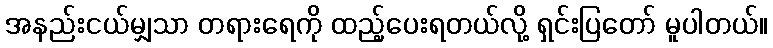
အနည်းငယ်မျှသာ တရားရေကို ထည့်ပေးရတယ်လို့ ရှင်းပြတော် မူပါတယ်။